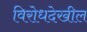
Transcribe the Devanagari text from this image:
विरोधदेखील